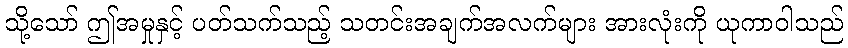
သို့သော် ဤအမှုနှင့် ပတ်သက်သည့် သတင်းအချက်အလက်များ အားလုံးကို ယုကာဝါသည်